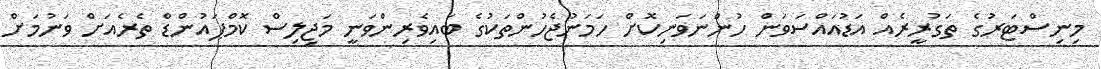
މިނިސްޓަރުގެ ތަގުރީރެއް އަޑުއައްސަވަން ހުންނަވަނިކޮށް ހަމަނުޖެހުންތަކުގެ ބައިވެރިންވަނީ މަޖިލިސް ކޮމްޕައުންޑް ތެރެއަށް ވަނުމަށް